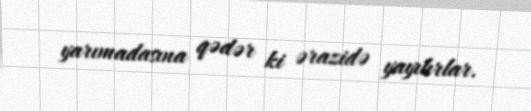
yarımadasına qədər ki ərazidə yayılırlar.